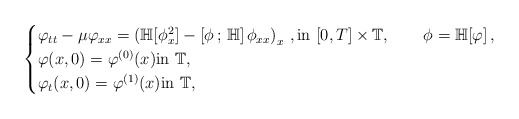
\begin{align*}\begin{cases}\varphi_{tt}-\mu\varphi_{xx}=\left(\mathbb H[\phi^2_x]-\left[\phi\,;\,\mathbb H\right]\phi_{xx}\right)_{x}\,, {\rm in}\,\, [0,T]\times\mathbb{T}, \qquad\phi=\mathbb H[\varphi]\,,\\\varphi(x,0)=\varphi^{(0)}(x) {\rm in}\,\, \mathbb{T},\\\varphi_t(x,0)=\varphi^{(1)}(x) {\rm in}\,\, \mathbb{T},\end{cases}\end{align*}